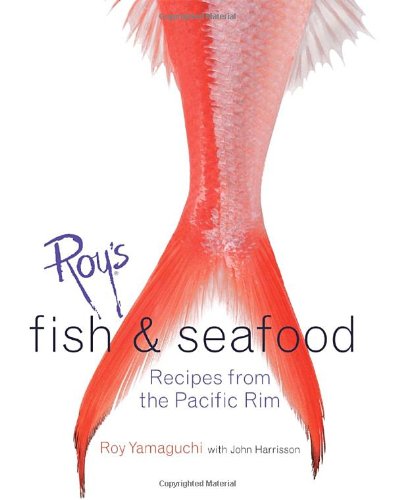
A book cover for Roy's Fish and Seafood: Recipes from the Pacific Rim; Roy Yamaguchi; Cookbooks, Food & Wine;